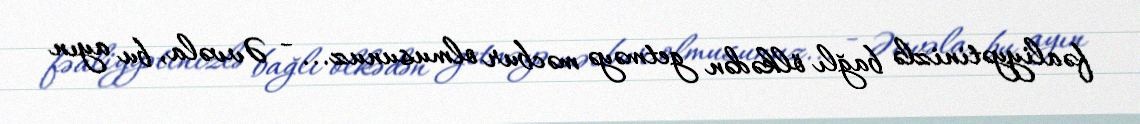
fəaliyyətinizlə bağlı ölkədən getməyə məcbur olmusunuz... - Əvvəla, bu ayın